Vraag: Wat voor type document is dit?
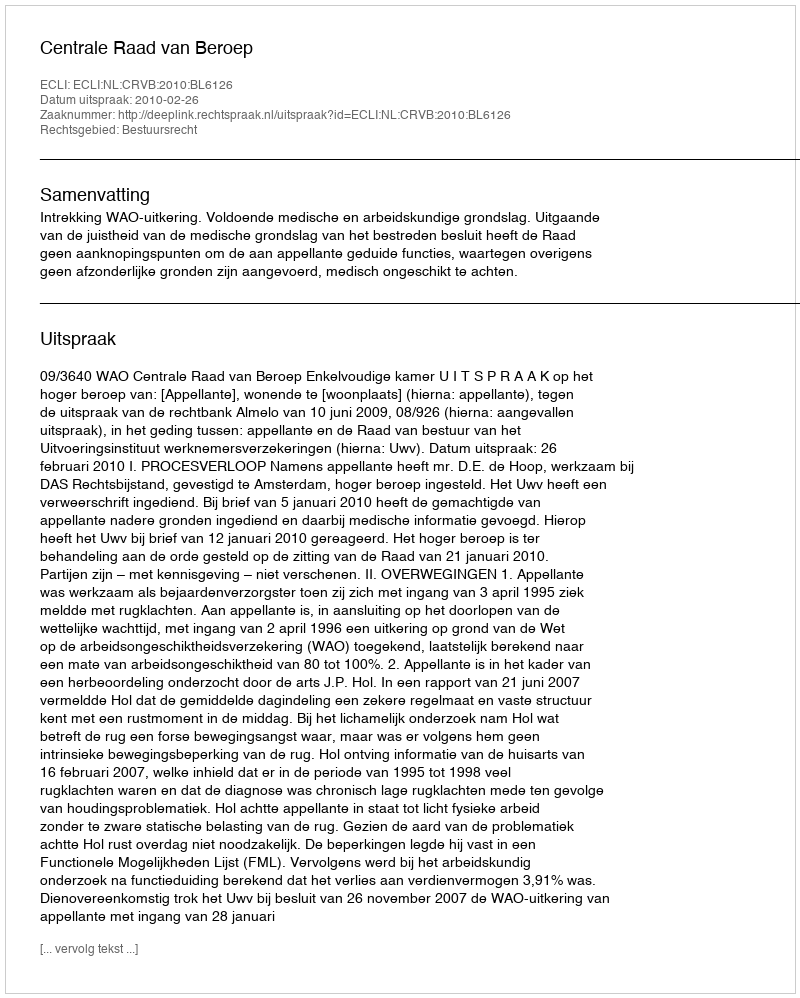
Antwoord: Uitspraak